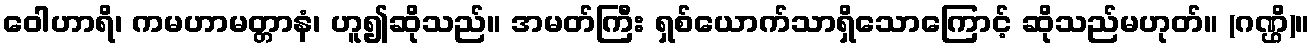
ဝေါဟာရိ၊ ကမဟာမတ္တာနံ၊ ဟူ၍ဆိုသည်။ အမတ်ကြီး ရှစ်ယောက်သာရှိသောကြောင့် ဆိုသည်မဟုတ်။ (ဂဏ္ဌိ)။